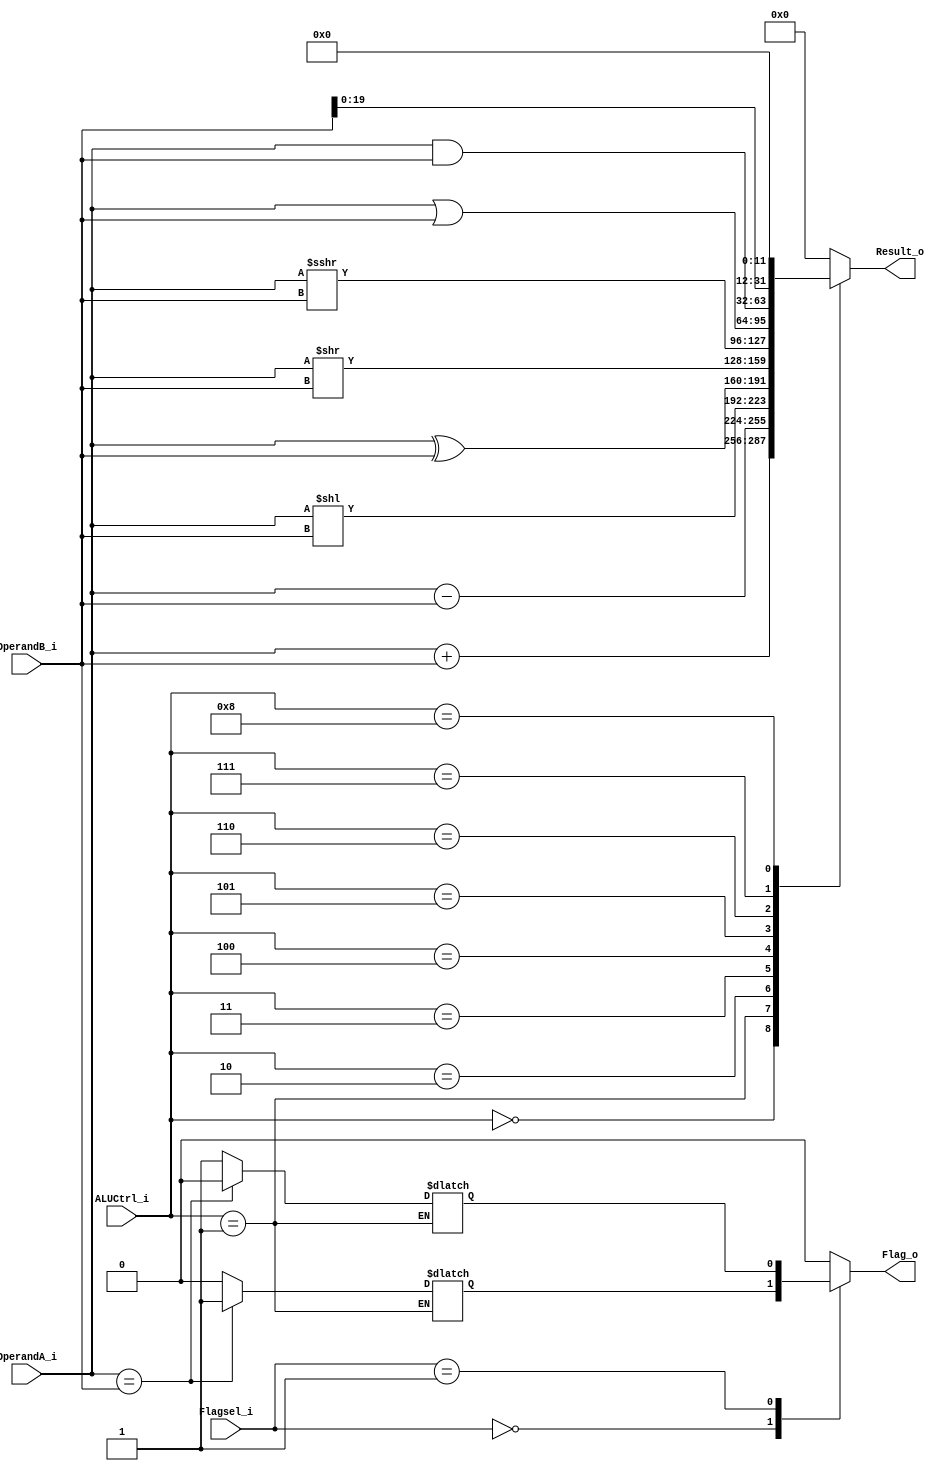
module ALU (
	input [31:0] OperandA_i,
	input [31:0] OperandB_i,

	input [3:0] ALUCtrl_i,
	input [2:0] Flagsel_i,	// Comes from Funct3 

	output reg [31:0] Result_o,
	output reg Flag_o	
);

	parameter EQ_case	= 000,
		  NE_case	= 001,
	  	  LT_case	= 100,
		  GE_case	= 101,
		  LTU_case	= 110,
		  GEU_case	= 111;	  

	reg EQ, NE, LT, GE, LTU, GEU;

	always @(*) begin
		case (ALUCtrl_i)
			4'b0000: Result_o = OperandA_i	+	OperandB_i;
			4'b0001: begin
		       		Result_o = OperandA_i	-	OperandB_i;
				EQ       = (OperandA_i == OperandB_i) ? 1'b1 : 1'b0;
				NE	 = (OperandA_i == OperandB_i) ? 1'b0 : 1'b1;
				LT	 = ($signed(OperandA_i) < $signed(OperandB_i)) ? 1'b1 : 1'b0;
				GE	 = ($signed(OperandA_i) >= $signed(OperandB_i)) ? 1'b1 : 1'b0;
				LTU	 = (OperandA_i < OperandB_i) ? 1'b1 : 1'b0;
				GEU	 = (OperandA_i >= OperandB_i) ? 1'b1 : 1'b0;
			end
			4'b0010: Result_o = OperandA_i	<<	OperandB_i;
		    4'b0011: Result_o = OperandA_i	^	OperandB_i;
			4'b0100: Result_o = OperandA_i	>>	OperandB_i;
			4'b0101: Result_o = $signed(OperandA_i)	>>>	OperandB_i;
			4'b0110: Result_o = OperandA_i	|	OperandB_i;
			4'b0111: Result_o = OperandA_i	&	OperandB_i;
			4'b1000: Result_o = OperandB_i	<<	12;
			default: Result_o = 32'h00000000;	
		endcase
		
	end

	always @(*) begin 
		case (Flagsel_i)
			EQ_case	: Flag_o = EQ;
			NE_case	: Flag_o = NE;
			LT_case	: Flag_o = LT;
			GE_case	: Flag_o = GE;
			LTU_case: Flag_o = LTU;
			GEU_case: Flag_o = GEU;
			default : Flag_o = 1'b0;			
		endcase
	end

endmodule